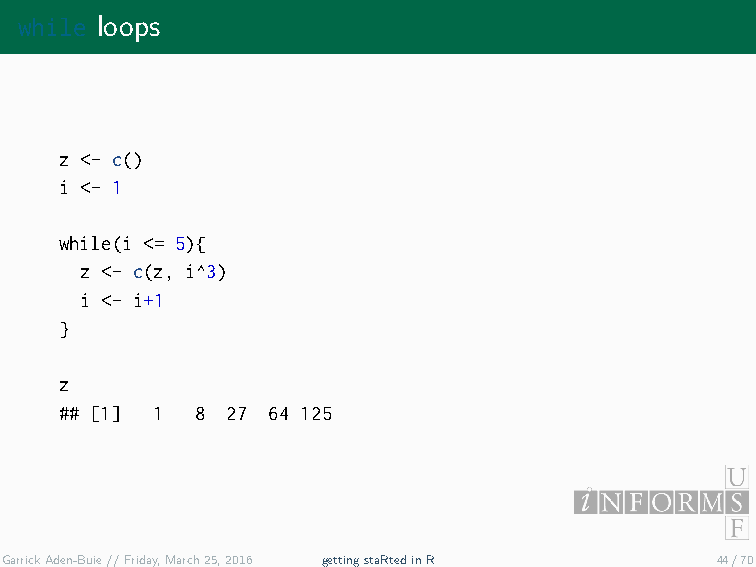
while loops
 z <- c()
 i <- 1
 while(i <= 5){
 z <- c(z, i^3)
 i <- i+1
 }
 z
 ## [1] 1 8 27 64 125
 GarrickAden-Buie//Friday,March25,2016 gettingstaRtedinR 44/70